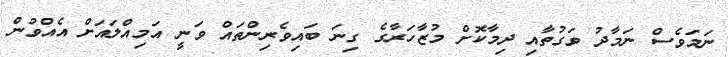
ނަމަވެސް ނަމާދު ވަގުތާއި ދިމާކޮށް މުޒާހަރާގެ ގިނަ ބައިވެރިންތައް ވަނީ އަމިއްލައަށް އެއްވުން